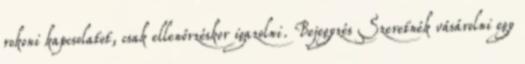
rokoni kapcsolatot, csak ellenőrzéskor igazolni. Bejegyzés Szeretnék vásárolni egy